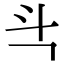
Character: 㪲